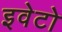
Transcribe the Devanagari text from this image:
इवेटो